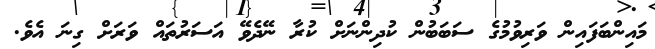
މައިންބަފައިން ވަރިވުމުގެ ސަބަބުން ކުދިންނަށް ކުރާ ނޭދެވޭ އަސަރުތައް ވަރަށް ގިނަ އެވެ.